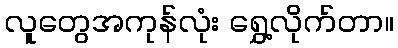
လူတွေအကုန်လုံး ရွှေ့လိုက်တာ။